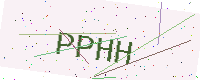
Text: PPHH